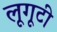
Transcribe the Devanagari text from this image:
लूगूटी